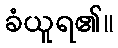
ခံယူရ၏။